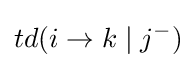
td(i\rightarrow k\mid j^{-})